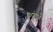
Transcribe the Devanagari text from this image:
अंचभे